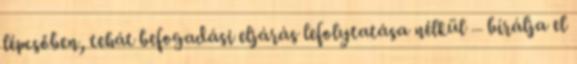
lépcsőben, tehát befogadási eljárás lefolytatása nélkül – bírálja el